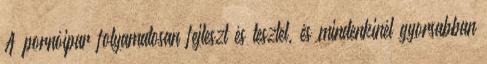
A pornóipar folyamatosan fejleszt és tesztel, és mindenkinél gyorsabban